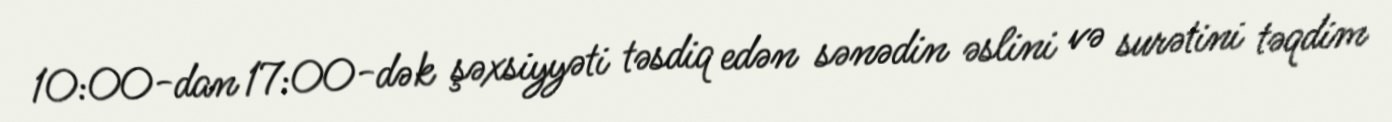
10:00-dan 17:00-dək şəxsiyyəti təsdiq edən sənədin əslini və surətini təqdim